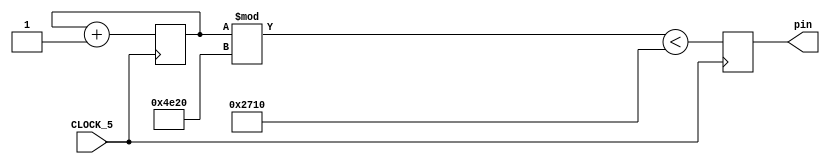
module simple_counter (CLOCK_5, pin);
input CLOCK_5 ;
output reg pin;
reg [36:0] counter_out; 


always @ (posedge CLOCK_5) // on positive clock edge
begin
counter_out <= counter_out + 1;// increment counter
pin<= counter_out % 20000 < 10000;

end
endmodule